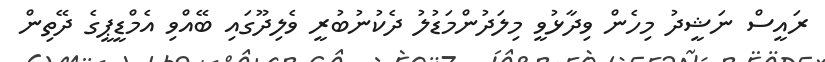
ރައީސް ނަޝީދު މިހެން ވިދާޅުވީ މިލަދުންމަޑުލު ދެކުނުބުރީ ވެލިދޫގައި ބޭއްވި އެމްޑީޕީގެ ދޭތިން